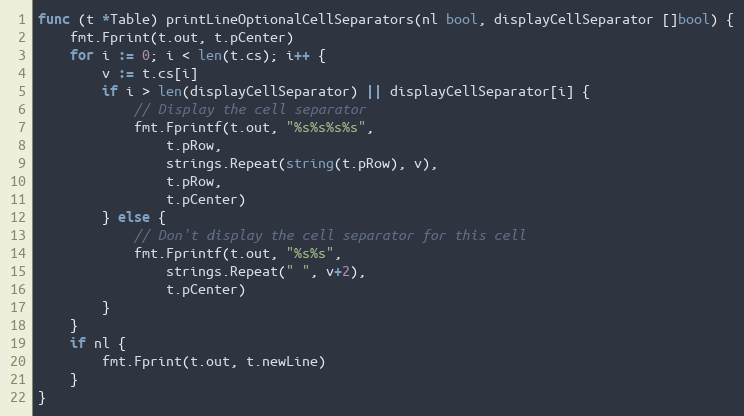
Language: Go
func (t *Table) printLineOptionalCellSeparators(nl bool, displayCellSeparator []bool) {
	fmt.Fprint(t.out, t.pCenter)
	for i := 0; i < len(t.cs); i++ {
		v := t.cs[i]
		if i > len(displayCellSeparator) || displayCellSeparator[i] {
			// Display the cell separator
			fmt.Fprintf(t.out, "%s%s%s%s",
				t.pRow,
				strings.Repeat(string(t.pRow), v),
				t.pRow,
				t.pCenter)
		} else {
			// Don't display the cell separator for this cell
			fmt.Fprintf(t.out, "%s%s",
				strings.Repeat(" ", v+2),
				t.pCenter)
		}
	}
	if nl {
		fmt.Fprint(t.out, t.newLine)
	}
}